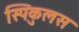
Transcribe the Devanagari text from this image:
स्पिकुलस